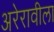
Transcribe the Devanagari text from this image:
अरेरावीला